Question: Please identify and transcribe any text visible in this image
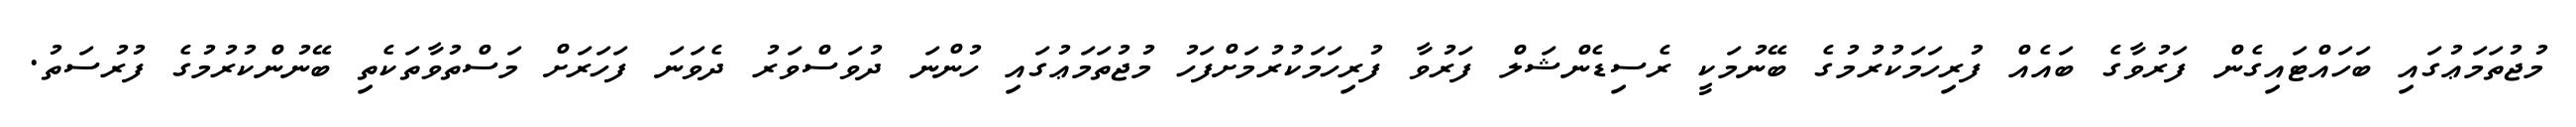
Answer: މުޖުތަމަޢުގައި ބަހައްޓައިގެން ފަރުވާގެ ބައެއް ފުރިހަމަކުރުމުގެ ބޭނުމަކީ ރެސިޑެންޝަލް ފަރުވާ ފުރިހަމަކުރުމަށްފަހު މުޖުތަމަޢުގައި ހުންނަ ދުވަސްވަރު ދެވަނަ ފަހަރަށް މަސްތުވާތަކެތި ބޭނުންކުރުމުގެ ފުރުސަތު.